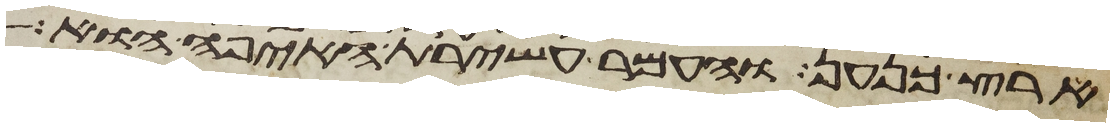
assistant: ארץ כנען והעמר עשירת האיפה הוא